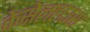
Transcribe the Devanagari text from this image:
केसेलहाउस